Annual report of the Civil Veterinary Department, Bengal, for the year 1895-96 - 1895-1896
Year: 1895
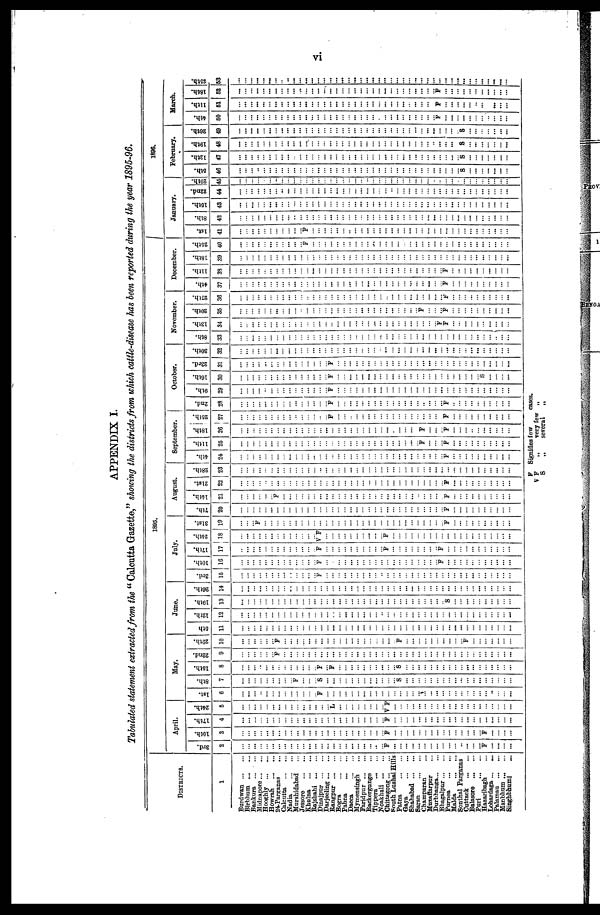
vi
APPENDIX I.
Tabulated statement extracted from the "Calcutta Gazette," showing the districts from which cattle-disease has been reported during the year 1895-96.
DISTRICTS.
1
Burdwan ... ...
Birbhum ... ...
Bankura ... ...
Midnapore ... ...
Hooghly ... ...
Howrah
...
...
24 Parganus ...
Calcutta ... ...
Nadia
...
...
Murshidabad ...
Jessore
...
...
Khulna
...
...
Rajshahi ... ...
Dinajpur ... ...
Darjeeling ... ...
Rangpur ... ...
Bogra
...
...
Pabna
...
...
Dacca ... ...
Mymensingh ...
Faridpur ... ...
Backergungo ...
Tippera
...
...
Noakhali ... ...
Chittagong ... ...
South Lushai Hills
Patna
...
...
Gaya
...
...
Shahabad ... ...
Saran
...
...
Champaran ...
Muzaffarpur ...
Durbhanga...
...
Bhagalpur ... ...
Purnoa
...
...
Malda
...
...
Sonthal Parganas
Cuttack
...
...
Balasore ... ...
Puri
...
...
Hazaribagh ...
Lohardaga ... ...
Palamau ... ...
Manbhum ... ...
Singhbhum ...
1895.
April.
3rd.
2
...
...
...
...
...
...
...
...
...
...
...
...
...
...
...
...
...
...
...
...
...
...
... P
...
...
...
...
...
...
...
...
...
...
...
...
...
...
... F
...
...
...
...
10th.
3
...
...
...
...
...
...
...
...
...
...
...
...
...
...
...
...
...
...
...
...
...
...
... F
...
...
...
...
...
...
...
...
...
...
...
...
...
...
...
F
...
...
...
...
17th.
4
...
...
...
...
...
...
...
...
...
...
...
...
...
...
...
...
...
...
...
...
...
...
... F
...
...
...
...
...
...
...
...
...
... ...
...
...
...
...
...
...
...
...
...
24th.
5
...
...
...
...
...
...
...
...
...
...
...
...
...
...
... L
...
...
...
...
...
...
... V F
...
...
...
...
...
...
...
...
...
...
...
...
...
...
...
...
...
...
...
...
May
1st.
6
...
...
...
...
...
...
...
...
...
...
...
...
... F
...
...
...
...
...
...
...
...
...
...
...
...
...
...
...
...
...
...
...
...
...
...
...
...
...
...
...
...
...
...
8th.
7
...
...
...
...
...
...
...
...
... F
...
...
... S
...
...
...
...
...
...
...
...
...
...
...
S
...
...
...
...
...
...
...
...
...
...
...
...
...
...
...
...
...
...
16th.
8
...
...
...
...
...
...
...
...
...
...
...
...
... F
... F
...
...
...
...
...
...
...
...
...
S
...
...
...
...
...
...
...
...
...
...
...
...
...
...
...
...
...
...
22nd.
9
...
...
...
...
...
... F
...
...
...
...
...
...
...
...
...
...
...
...
...
...
...
...
...
...
...
...
...
...
...
...
...
...
...
...
...
...
...
...
...
...
...
...
...
29th.
10
...
...
...
...
...
... F
...
...
...
...
...
...
...
...
...
...
...
...
...
...
...
...
...
... F
...
...
...
...
...
...
...
......
...
... F
...
...
...
...
...
...
...
June.
5th
11
...
...
...
...
...
...
...
...
...
...
...
...
...
...
...
...
...
...
...
...
...
...
...
...
...
...
...
...
...
...
...
...
...
...
...
...
...
...
...
...
...
...
...
...
12th.
12
...
...
...
...
...
...
...
...
...
...
...
...
...
...
...
...
...
...
...
...
...
...
...
...
...
...
...
...
...
...
...
...
...
...
...
...
...
...
...
...
...
...
...
...
19th.
13
...
...
...
...
...
...
...
...
...
...
...
...
...
...
...
...
...
...
...
...
...
...
...
...
...
...
...
...
...
...
...
...
... S
...
...
...
...
...
...
...
...
...
...
26th.
14
...
...
...
...
...
...
...
...
...
...
...
...
...
...
...
...
...
...
...
...
...
...
...
...
...
...
...
...
...
...
...
...
...
...
...
...
...
...
...
...
...
...
...
...
July.
3rd.
15
...
...
...
...
...
...
...
...
...
...
...
...
... F
...
...
...
...
...
...
...
...
...
...
...
...
...
...
...
...
...
...
...
...
...
...
...
...
...
...
...
...
...
...
10th.
16
...
...
...
...
...
...
...
...
...
...
...
...
... F
...
...
...
...
...
...
...
...
...
...
...
...
...
...
...
...
...
... F
...
...
...
...
...
...
...
...
...
...
...
17th.
17
...
...
...
...
...
...
...
...
...
...
...
...
... F
...
...
...
...
...
...
...
...
... F
...
...
...
...
...
...
...
... F
...
...
...
...
...
...
...
...
...
...
...
24th.
18
...
...
...
...
...
...
...
...
...
...
...
...
...
V F
...
...
...
...
...
...
...
... F
...
...
...
...
...
...
...
...
...
...
...
...
...
...
...
...
...
...
...
...
3l8t.
19
...
...
... F
...
...
...
...
...
...
...
...
...
...
...
...
...
...
...
...
...
...
...
...
...
...
...
...
...
...
...
...
... F
...
...
...
...
...
...
...
...
...
...
August.
7th.
20
...
...
...
...
...
...
...
...
...
...
...
...
...
...
...
...
...
...
...
...
...
...
...
...
...
...
...
...
...
...
...
...
... F
...
...
...
...
...
...
...
...
...
...
14th.
21
...
...
...
...
...
... F
...
...
...
...
...
...
...
...
...
...
...
...
...
...
...
...
...
...
...
...
...
...
...
...
...
... F
...
...
...
...
...
...
...
...
...
...
21st.
22
...
...
...
...
...
...
...
...
...
...
...
...
...
...
...
...
...
...
...
...
...
...
...
...
...
...
...
...
...
...
...
...
... F
...
...
...
...
...
...
...
...
...
...
28th.
23
...
...
...
...
...
...
...
...
...
...
...
...
...
...
...
...
...
...
...
...
...
...
...
...
...
...
...
...
...
...
...
...
...
...
...
...
...
...
...
...
...
...
...
...
September.
4th.
24
...
...
...
...
...
...
...
...
...
...
...
...
...
...
...
...
...
...
...
...
...
...
...
...
...
...
...
...
...
...
...
...
... F
...
...
...
...
...
...
...
...
...
...
nth.
25
...
...
...
...
...
...
...
...
...
...
...
...
...
...
...
...
...
...
...
...
...
...
...
...
...
...
...
...
... F
...
...
... F
...
...
...
...
...
...
...
... ...
...
18th.
26
...
...
...
...
...
...
...
...
...
...
...
...
...
...
...
...
...
...
...
...
...
...
...
...
...
...
...
...
... F
...
...
... F
...
...
...
...
...
...
...
...
...
...
25th.
27
...
...
...
...
...
...
...
...
...
...
...
...
...
...
... F
...
...
...
...
...
...
...
...
...
...
...
...
...
...
...
...
... F
...
...
...
...
...
...
...
...
...
...
October.
2nd.
28
...
...
...
...
...
...
...
...
...
...
...
...
...
...
... F
...
...
...
...
...
...
...
...
...
...
...
...
...
...
...
...
... F
...
...
...
...
...
...
...
...
...
9th.
29
...
...
...
...
...
...
...
...
...
...
...
...
...
...
... F
...
...
...
...
...
...
...
...
...
...
...
...
...
...
...
...
...
...
...
...
...
...
...
...
...
...
...
...
16th.
30
...
...
...
...
...
...
...
...
...
...
...
...
...
...
... F
...
...
...
...
...
...
...
...
...
...
...
...
...
...
...
...
...
...
...
...
...
...
...
S
...
...
...
...
23rd.
31
...
...
...
...
...
...
...
...
...
...
...
...
...
...
... F
...
...
......
...
...
...
...
...
...
...
...
...
...
...
...
...
...
...
...
...
...
...
...
...
...
...
...
...
30th.
32
...
...
...
...
...
...
...
...
...
...
...
...
...
...
...
...
...
...
...
...
...
...
...
...
...
...
...
...
...
...
...
...
...
...
...
...
...
...
...
...
...
...
...
...
November.
8th.
33
...
...
...
...
...
...
...
...
...
...
...
...
...
...
...
...
...
...
...
...
...
...
...
...
...
...
...
...
...
...
...
...
...
...
...
...
...
...
...
...
...
... ...
...
13lh.
34
...
...
...
...
...
...
...
...
...
...
...
...
...
...
...
...
...
...
...
...
...
...
...
...
...
...
...
...
...
...
...
... F
F
...
...
...
...
...
...
...
...
...
...
20th.
35
...
...
...
...
...
...
...
...
...
...
...
...
...
...
...
...
...
...
...
...
...
...
...
...
...
...
...
...
... F
...
...
... F
...
...
...
...
...
...
...
...
...
...
27th.
38
...
...
...
...
...
...
...
...
...
...
...
...
...
...
...
...
...
...
...
...
...
...
...
...
...
...
...
...
...
...
...
...
... F
...
...
...
...
...
...
...
...
...
...
December.
4th.
37
...
...
...
...
...
...
...
...
...
...
...
...
...
...
...
...
...
...
...
...
...
...
...
...
...
...
...
...
...
...
...
...
... F
...
...
...
...
...
...
...
...
...
...
11th.
38
...
...
...
...
...
...
...
...
...
...
...
...
...
...
...
...
...
...
...
...
...
...
...
...
...
...
...
...
...
...
...
...
... F
...
...
...
...
...
...
...
...
...
...
18th.
39
...
...
...
...
...
...
...
...
...
...
...
...
...
...
...
...
...
...
...
...
...
...
...
...
...
...
...
...
...
...
...
...
...
...
...
...
...
...
...
...
...
...
...
...
25th.
40
...
...
...
...
...
...
...
...
...
...
... F
...
...
...
...
...
...
...
...
...
...
...
...
...
...
...
...
...
...
...
...
...
...
...
...
...
...
...
...
...
...
...
...
1896.`
January.
1st.
41
...
...
...
...
...
...
...
...
...
...
... F
...
...
...
...
...
...
...
...
...
...
...
...
...
...
...
...
...
...
...
...
...
...
...
...
...
...
...
...
...
...
...
...
8th.
42
...
...
...
...
...
...
...
...
...
...
...
...
...
...
...
...
...
...
...
...
...
...
...
...
...
...
...
...
...
...
...
...
...
...
...
...
...
...
...
...
...
...
...
...
10th.
43
...
...
...
...
...
...
...
...
...
...
...
...
...
...
...
...
...
...
...
...
...
...
...
...
...
...
...
...
...
...
...
...
...
... ...
...
...
...
...
...
...
...
...
...
22nd.
44
...
...
...
...
...
...
... ...
...
...
...
...
...
...
...
...
...
...
...
...
...
...
...
...
...
...
...
...
...
...
...
...
...
...
...
...
...
...
...
...
...
...
...
...
29th.
45
...
...
... ...
...
... ...
...
...
...
...
...
...
...
... ...
...
...
... ...
...
...
...
...
...
...
...
...
...
...
...
... ...
...
...
...
...
...
...
...
...
...
...
...
February.
5th.
46
...
...
...
...
...
...
...
...
...
...
...
...
...
...
...
...
...
...
...
...
...
...
...
...
...
...
...
...
...
...
...
...
...
...
...
... S
...
...
...
...
...
...
...
12th.
47
...
...
...
...
...
...
...
...
...
...
...
...
...
...
...
...
...
...
...
...
...
...
...
...
...
...
...
...
...
...
...
...
...
...
...
...
S
...
...
...
...
...
...
...
19th.
48
...
...
...
...
...
...
...
...
...
...
...
...
...
...
...
...
...
...
...
...
...
...
...
...
...
...
...
...
...
...
...
...
...
... ...
... S
...
...
...
...
... ...
...
26th.
49
...
...
...
...
...
...
...
...
...
...
...
...
...
...
...
...
...
...
...
...
...
...
...
...
...
...
...
...
...
...
...
...
...
...
...
... S
...
...
...
...
...
...
...
March.
4th.
60
...
...
...
...
...
...
...
...
...
...
...
...
...
...
...
...
...
...
...
...
...
...
...
...
... ...
...
...
...
...
...
... F
...
...
...
...
...
...
...
...
...
...
...
11th.
61
...
...
... ...
...
...
...
...
... ...
... ...
...
...
...
...
...
...
...
...
...
...
...
...
...
...
...
...
...
...
...
... F
...
...
...
...
...
...
...
... ...
...
...
18th.
52
...
...
...
...
...
...
...
...
...
...
...
...
...
...
...
...
...
...
...
...
...
...
...
...
...
...
...
...
...
...
...
... F
...
...
...
...
...
...
...
...
...
...
...
25th.
53
...
...
...
...
...
...
...
... ...
...
...
...
...
...
...
...
...
...
...
...
...
...
...
...
...
...
...
... ...
...
...
...
...
...
...
...
...
...
...
...
...
...
...
...
F Signifies low cases.
V F
„
very few „
S
„
several
„